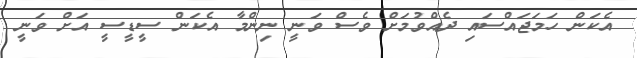
އެކަން ހަމަޖައްސައި ދެއްވުމަށް ވެސް ވަނީ ނިންމާ އެކަން ސީޑީސީ އަށް ވަނީ